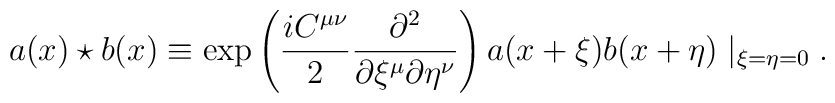
a(x) \star b(x) \equiv \exp \left( \frac{i C^{\mu\nu}}{2} \frac{\partial^2}{\partial \xi^{\mu} \partial \eta^{\nu}} \right)a(x+\xi)b(x+\eta) \mid _{\xi=\eta=0}.